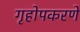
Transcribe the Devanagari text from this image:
गृहोपकरणे